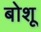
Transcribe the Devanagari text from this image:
बोशू